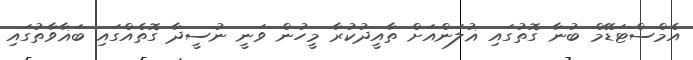
އެމްސްޓަޑޭމް ބުނާ ގޮތުގައި ޣުލަންއަށް ތާއީދުކުރާ މީހުން ވަނީ ނުސީދާ ގޮތެއްގައި ބަޣާވާތުގައި